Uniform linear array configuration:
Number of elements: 64
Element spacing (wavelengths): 0.25
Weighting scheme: exponential
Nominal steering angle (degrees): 15
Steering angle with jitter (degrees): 16.734
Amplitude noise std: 0.05
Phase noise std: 0.05

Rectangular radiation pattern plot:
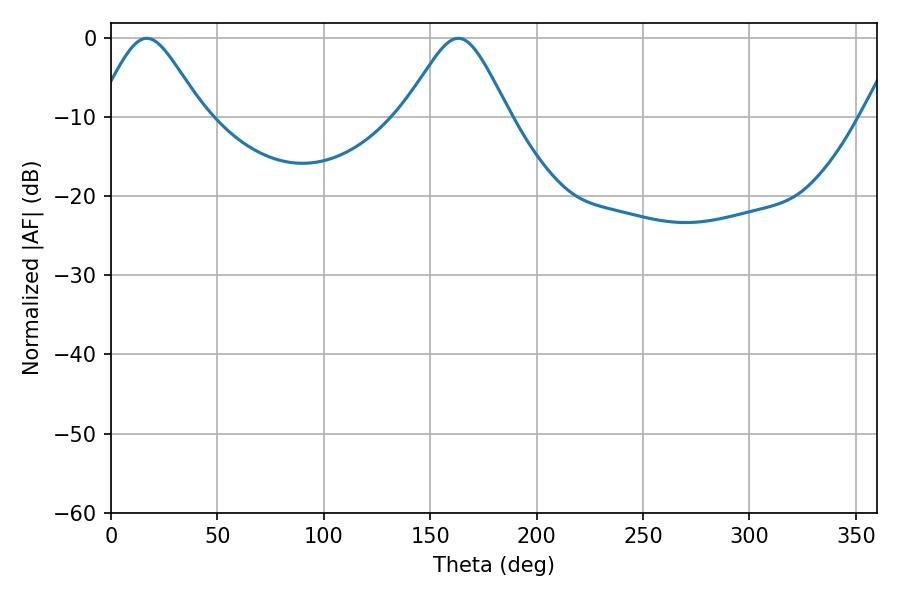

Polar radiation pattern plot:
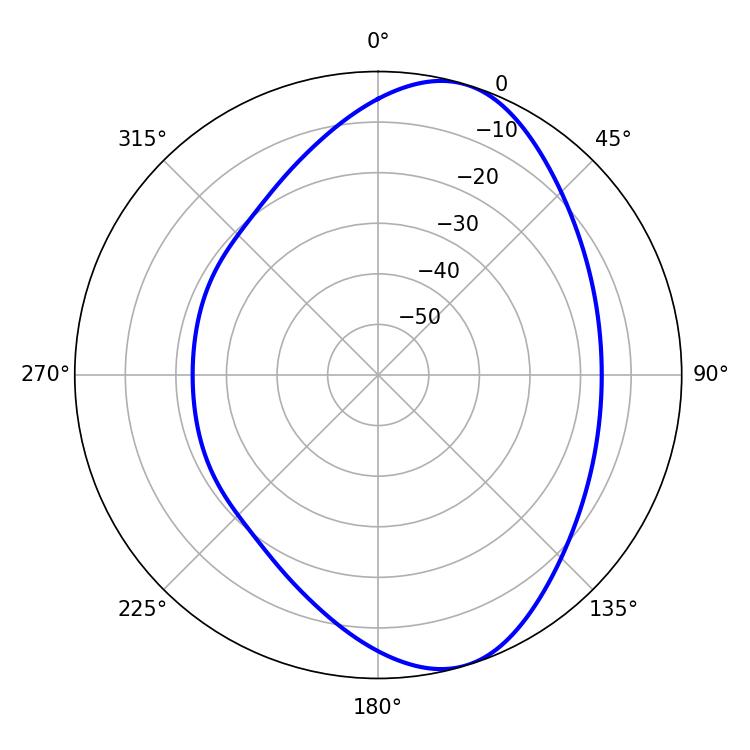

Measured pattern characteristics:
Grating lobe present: FALSE
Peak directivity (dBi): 7.814
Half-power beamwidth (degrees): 24.3
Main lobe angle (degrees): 16.74